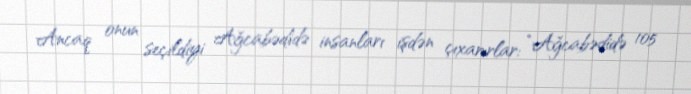
Ancaq onun seçildiyi Ağcabədidə insanları işdən çıxarırlar: “Ağcabədidə 105